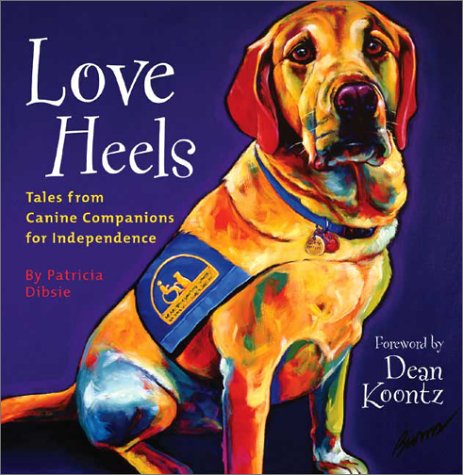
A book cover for Love Heels: Tales from Canine Companions for Independence; Patricia Dibsie; Self-Help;